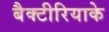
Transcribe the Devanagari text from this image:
बैक्टीरियाके